Civil Veterinary Dept. North-West Frontier Province 1923-32 - 1923-1932
Year: 1923
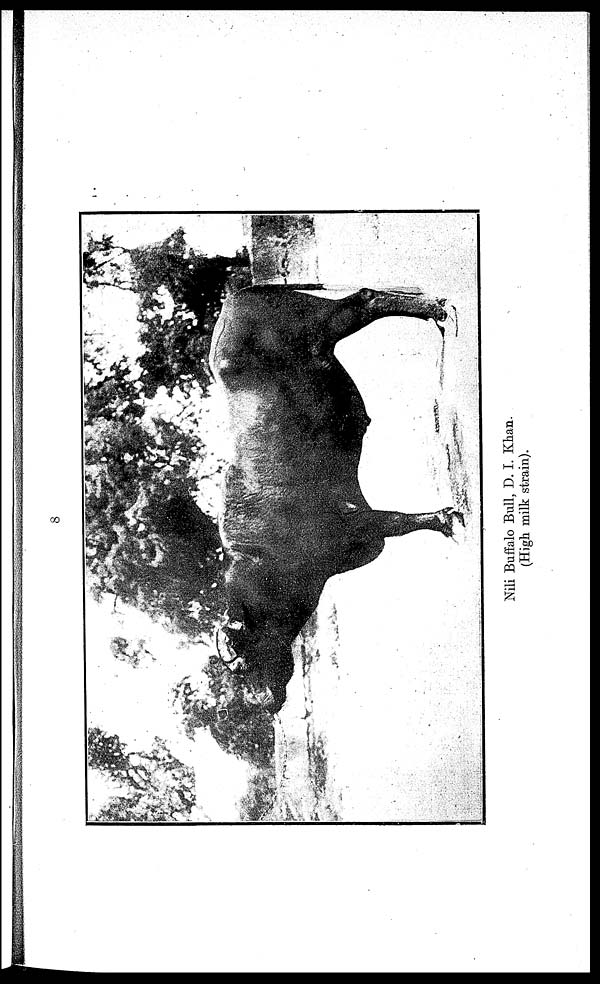
Nili Buffalo Bull, D. I. Khan.
(High milk strain).